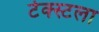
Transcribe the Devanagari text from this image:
टेक्स्टला